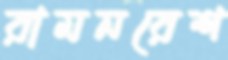
রামনরেশ